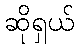
ဆိုရှယ်